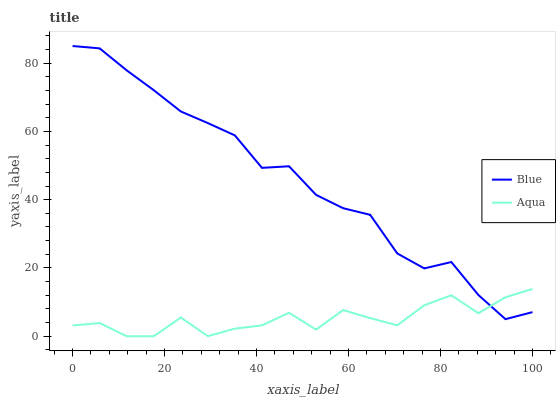
| xaxis_label | Blue | Aqua |
 | --- | --- | --- |
 | 0 | 85 | 3.16 |
 | 5.88 | 84.3 | 3.88 |
 | 11.8 | 77.9 | 0 |
 | 17.6 | 72.1 | 0 |
 | 23.5 | 65.8 | 5.47 |
 | 29.4 | 62.4 | 0.0397 |
 | 35.3 | 58.8 | 2.23 |
 | 41.2 | 49.3 | 3.18 |
 | 47.1 | 49.8 | 6.88 |
 | 52.9 | 41.4 | 1.94 |
 | 58.8 | 37.5 | 7.67 |
 | 64.7 | 35.6 | 5.31 |
 | 70.6 | 24.3 | 3.2 |
 | 76.5 | 19.9 | 9.08 |
 | 82.4 | 21.7 | 12 |
 | 88.2 | 12.1 | 6.74 |
 | 94.1 | 5.01 | 11.4 |
 | 100 | 7.07 | 13.9 |